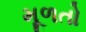
મૂળતો